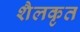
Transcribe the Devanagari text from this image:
शैलकृत